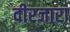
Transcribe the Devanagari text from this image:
वीरजारा